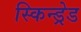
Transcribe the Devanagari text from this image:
स्किन्ड्रेड